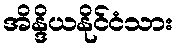
အိန္ဒိယနိုင်ငံသား